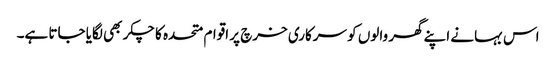
اس بہانے اپنے گھر والوں کو سرکاری خرچ پر اقوام متحدہ کا چکر بھی لگایا جاتا ہے۔